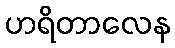
ဟရိတာလေန